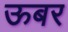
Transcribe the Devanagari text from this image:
ऊबर